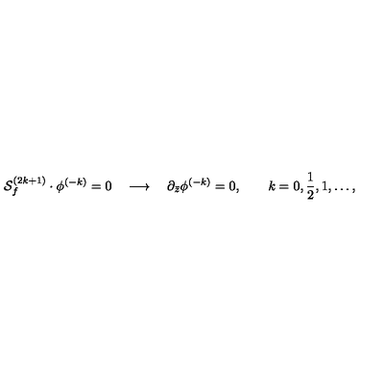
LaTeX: { \cal S } _ { f } ^ { ( 2 k + 1 ) } \cdot \phi ^ { ( - k ) } = 0 \quad \longrightarrow \quad \partial _ { \bar { z } } \phi ^ { ( - k ) } = 0 , \qquad k = 0 , { \frac { 1 } { 2 } } , 1 , \ldots ,